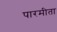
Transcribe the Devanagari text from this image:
पारमीता